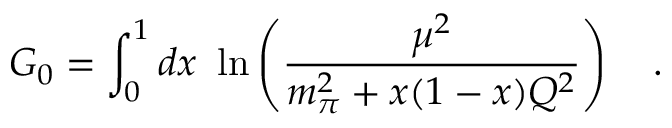
G _ { 0 } = \int _ { 0 } ^ { 1 } d x \ \ln \left( { \frac { \mu ^ { 2 } } { m _ { \pi } ^ { 2 } + x ( 1 - x ) Q ^ { 2 } } } \right) \ \ \ .